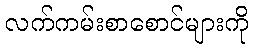
လက်ကမ်းစာစောင်များကို